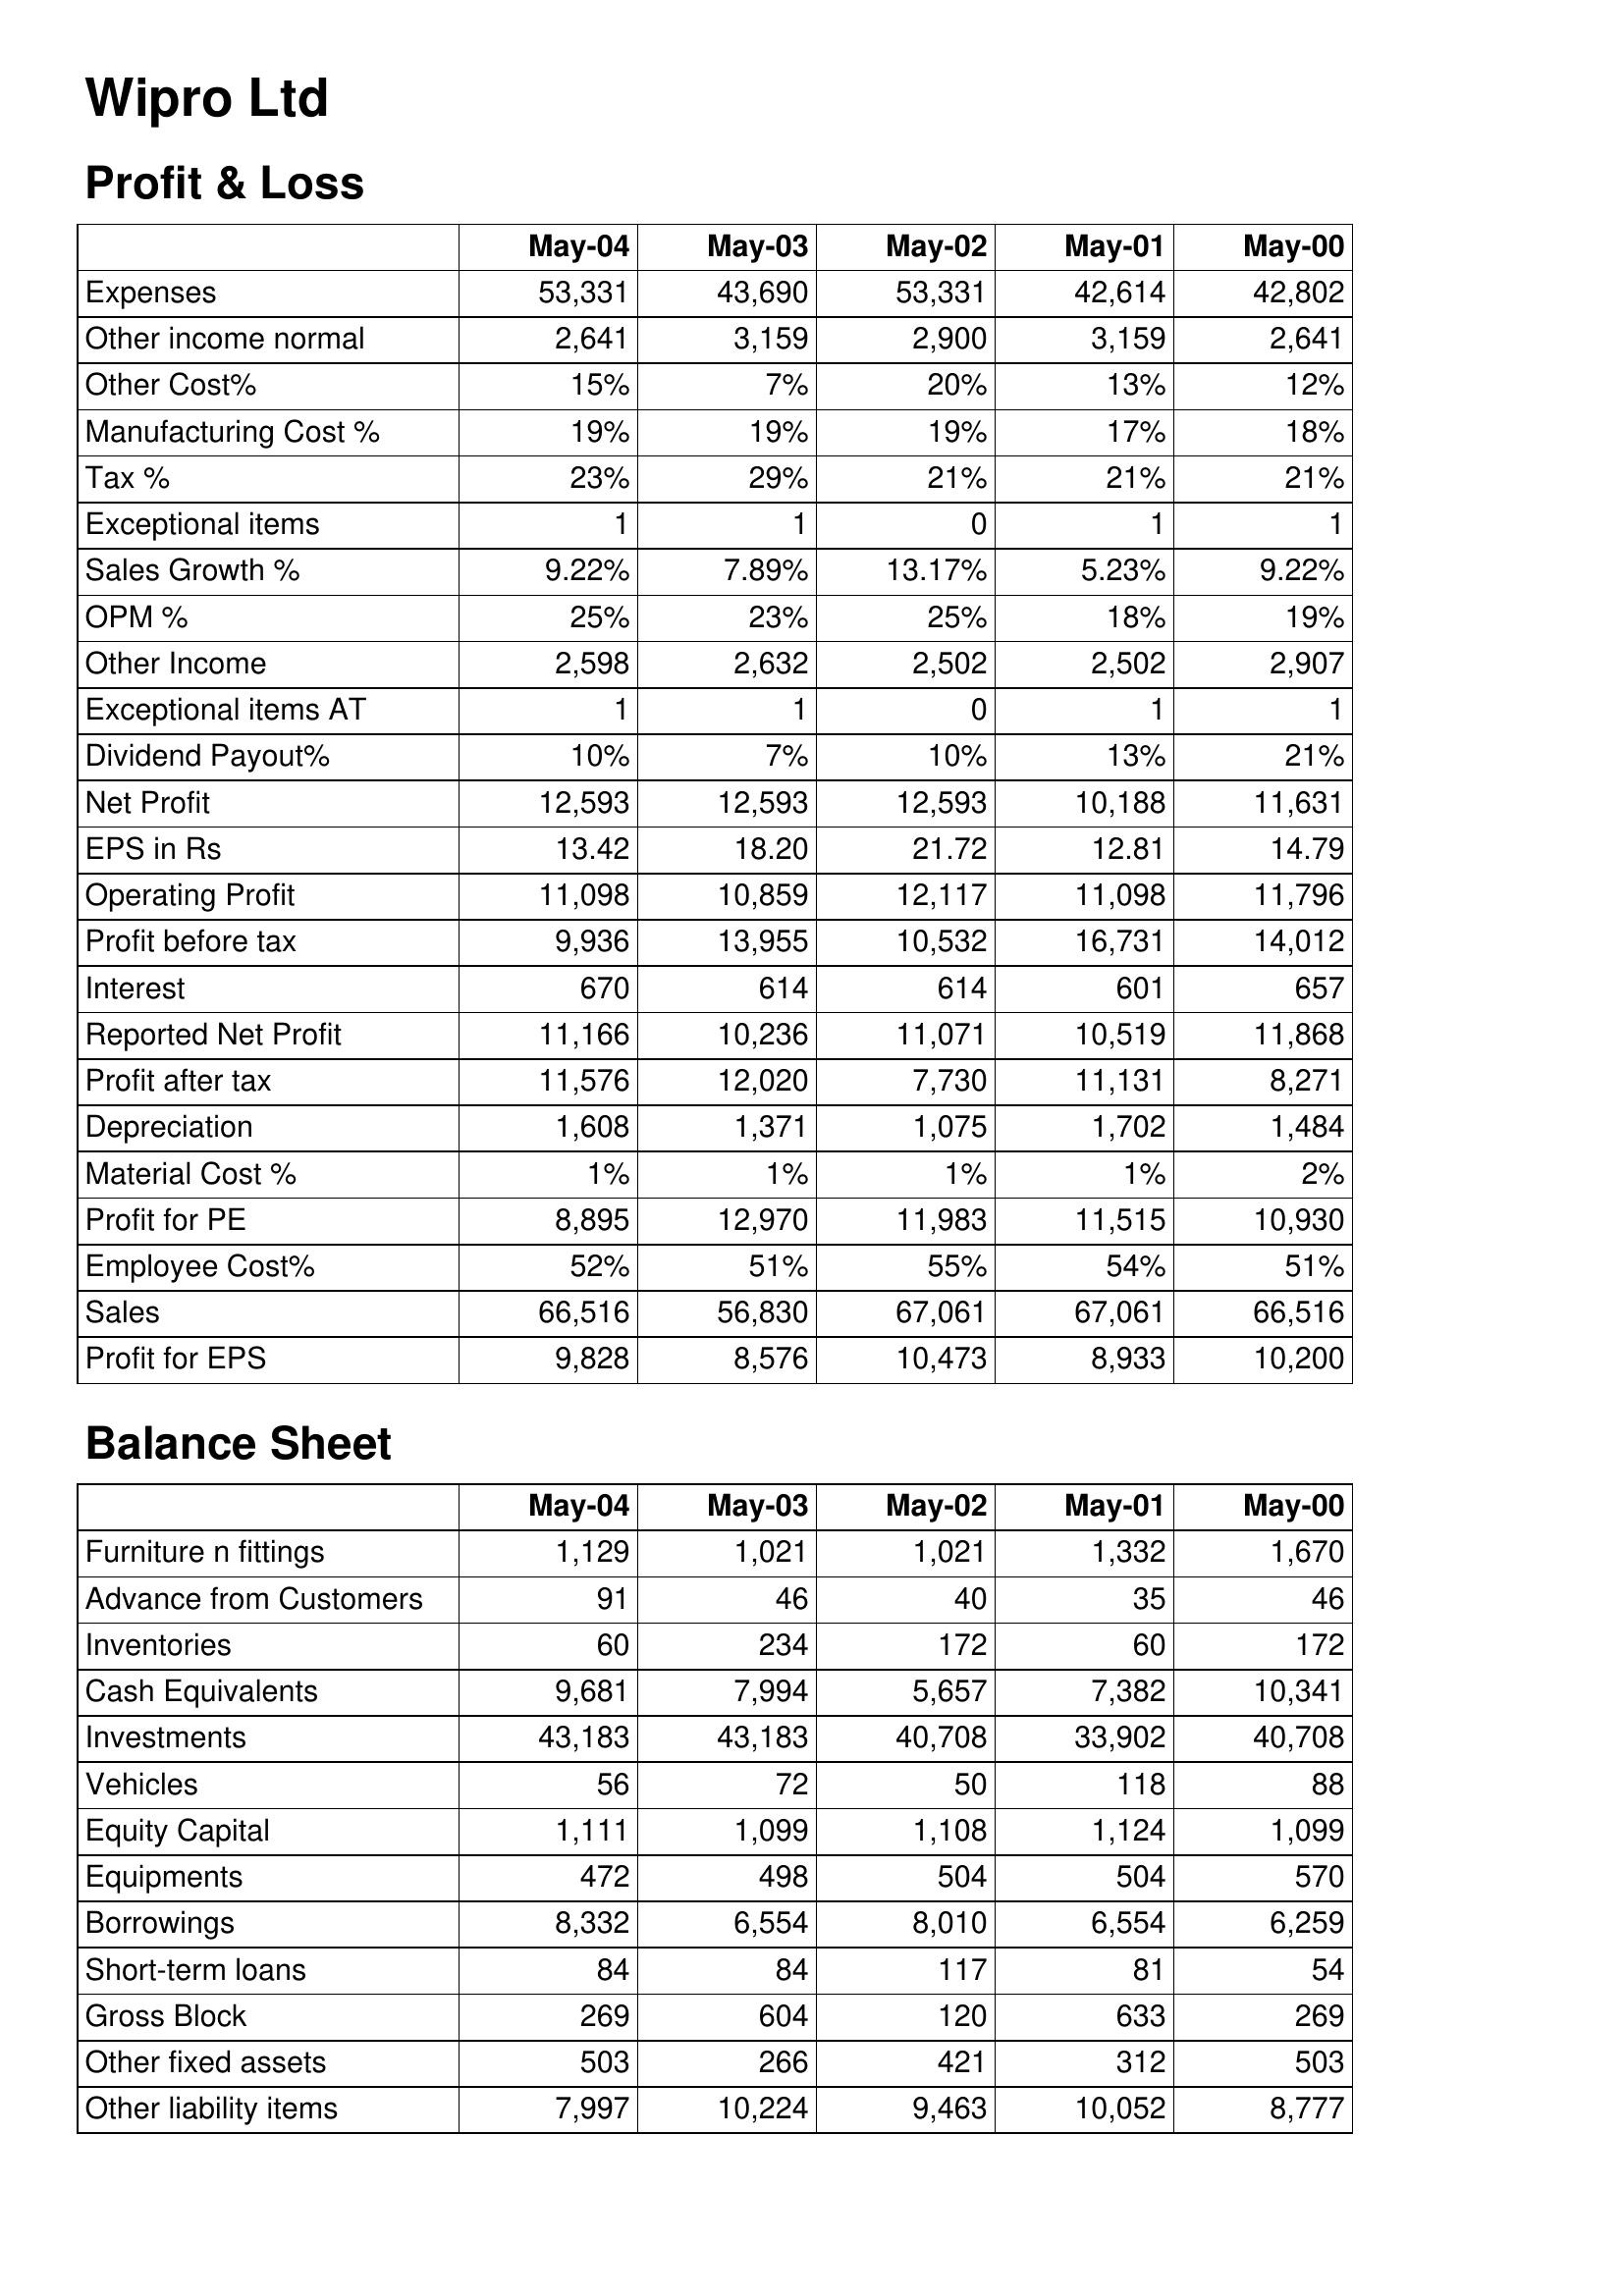
May-04: Profit & Loss: Expenses: 53,331
Other income normal: 2,641
Other Cost%: 15%
Manufacturing Cost %: 19%
Tax %: 23%
Exceptional items: 1
Sales Growth %: 9.22%
OPM %: 25%
Other Income: 2,598
Exceptional items AT: 1
Dividend Payout%: 10%
Net Profit: 12,593
EPS in Rs: 13.42
Operating Profit: 11,098
Profit before tax: 9,936
Interest: 670
Reported Net Profit: 11,166
Profit after tax: 11,576
Depreciation: 1,608
Material Cost %: 1%
Profit for PE: 8,895
Employee Cost%: 52%
Sales: 66,516
Profit for EPS: 9,828
Balance Sheet: Furniture n fittings: 1,129
Advance from Customers: 91
Inventories: 60
Cash Equivalents: 9,681
Investments: 43,183
Vehicles: 56
Equity Capital: 1,111
Equipments: 472
Borrowings: 8,332
Short-term loans: 84
Gross Block: 269
Other fixed assets: 503
Other liability items: 7,997
May-03: Profit & Loss: Expenses: 43,690
Other income normal: 3,159
Other Cost%: 7%
Manufacturing Cost %: 19%
Tax %: 29%
Exceptional items: 1
Sales Growth %: 7.89%
OPM %: 23%
Other Income: 2,632
Exceptional items AT: 1
Dividend Payout%: 7%
Net Profit: 12,593
EPS in Rs: 18.20
Operating Profit: 10,859
Profit before tax: 13,955
Interest: 614
Reported Net Profit: 10,236
Profit after tax: 12,020
Depreciation: 1,371
Material Cost %: 1%
Profit for PE: 12,970
Employee Cost%: 51%
Sales: 56,830
Profit for EPS: 8,576
Balance Sheet: Furniture n fittings: 1,021
Advance from Customers: 46
Inventories: 234
Cash Equivalents: 7,994
Investments: 43,183
Vehicles: 72
Equity Capital: 1,099
Equipments: 498
Borrowings: 6,554
Short-term loans: 84
Gross Block: 604
Other fixed assets: 266
Other liability items: 10,224
May-02: Profit & Loss: Expenses: 53,331
Other income normal: 2,900
Other Cost%: 20%
Manufacturing Cost %: 19%
Tax %: 21%
Exceptional items: 0
Sales Growth %: 13.17%
OPM %: 25%
Other Income: 2,502
Exceptional items AT: 0
Dividend Payout%: 10%
Net Profit: 12,593
EPS in Rs: 21.72
Operating Profit: 12,117
Profit before tax: 10,532
Interest: 614
Reported Net Profit: 11,071
Profit after tax: 7,730
Depreciation: 1,075
Material Cost %: 1%
Profit for PE: 11,983
Employee Cost%: 55%
Sales: 67,061
Profit for EPS: 10,473
Balance Sheet: Furniture n fittings: 1,021
Advance from Customers: 40
Inventories: 172
Cash Equivalents: 5,657
Investments: 40,708
Vehicles: 50
Equity Capital: 1,108
Equipments: 504
Borrowings: 8,010
Short-term loans: 117
Gross Block: 120
Other fixed assets: 421
Other liability items: 9,463
May-01: Profit & Loss: Expenses: 42,614
Other income normal: 3,159
Other Cost%: 13%
Manufacturing Cost %: 17%
Tax %: 21%
Exceptional items: 1
Sales Growth %: 5.23%
OPM %: 18%
Other Income: 2,502
Exceptional items AT: 1
Dividend Payout%: 13%
Net Profit: 10,188
EPS in Rs: 12.81
Operating Profit: 11,098
Profit before tax: 16,731
Interest: 601
Reported Net Profit: 10,519
Profit after tax: 11,131
Depreciation: 1,702
Material Cost %: 1%
Profit for PE: 11,515
Employee Cost%: 54%
Sales: 67,061
Profit for EPS: 8,933
Balance Sheet: Furniture n fittings: 1,332
Advance from Customers: 35
Inventories: 60
Cash Equivalents: 7,382
Investments: 33,902
Vehicles: 118
Equity Capital: 1,124
Equipments: 504
Borrowings: 6,554
Short-term loans: 81
Gross Block: 633
Other fixed assets: 312
Other liability items: 10,052
May-00: Profit & Loss: Expenses: 42,802
Other income normal: 2,641
Other Cost%: 12%
Manufacturing Cost %: 18%
Tax %: 21%
Exceptional items: 1
Sales Growth %: 9.22%
OPM %: 19%
Other Income: 2,907
Exceptional items AT: 1
Dividend Payout%: 21%
Net Profit: 11,631
EPS in Rs: 14.79
Operating Profit: 11,796
Profit before tax: 14,012
Interest: 657
Reported Net Profit: 11,868
Profit after tax: 8,271
Depreciation: 1,484
Material Cost %: 2%
Profit for PE: 10,930
Employee Cost%: 51%
Sales: 66,516
Profit for EPS: 10,200
Balance Sheet: Furniture n fittings: 1,670
Advance from Customers: 46
Inventories: 172
Cash Equivalents: 10,341
Investments: 40,708
Vehicles: 88
Equity Capital: 1,099
Equipments: 570
Borrowings: 6,259
Short-term loans: 54
Gross Block: 269
Other fixed assets: 503
Other liability items: 8,777